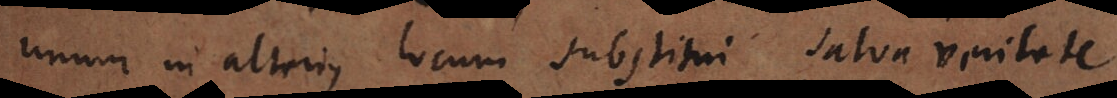
unum in alterius locum substitui salva veritate